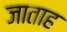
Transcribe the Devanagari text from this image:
जाताह